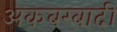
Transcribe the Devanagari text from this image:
अकबरबादी